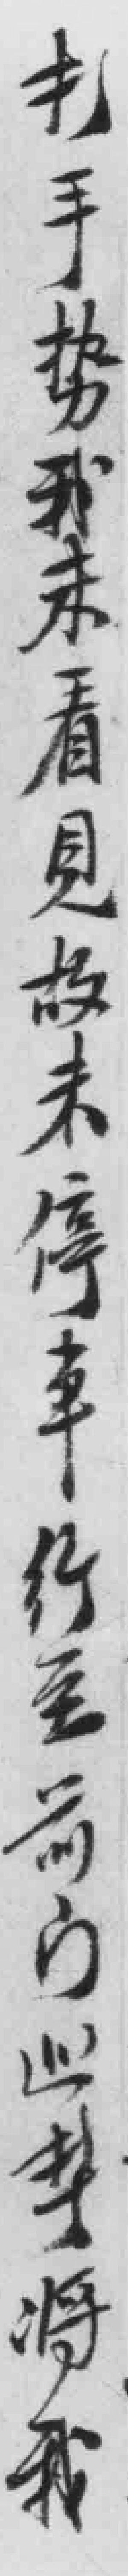
打手势我未看見故未停車行至前门巡警将我